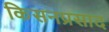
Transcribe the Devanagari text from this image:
किसनप्रसाद